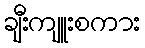
ချီးကျူးစကား